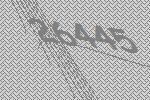
26445